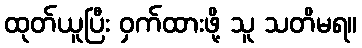
ထုတ်ယူပြီး ဝှက်ထားဖို့ သူ သတိမရ။